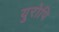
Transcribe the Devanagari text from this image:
युरोपि